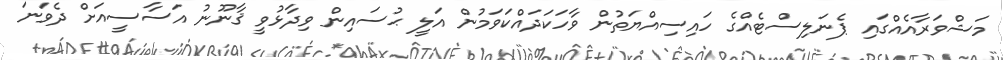
މަޝްވަރާއެއްގައި ޕެނަލިސްޓެއްގެ ހައިސިއްޔަތުން ވާހަކަދައްކަވަމުން އަލީ ޙުސައިން ވިދާޅުވީ ޤާނޫނު އަސާސީއަށް ދެވަނަ